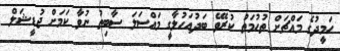
ހަމީދުގެ މައްޗަށް ތުހުމަތު ކުރެވޭ ބަދުއަހުލާގީ މައްސަލަ ސާބިތު ނުވާ ކަމަށް ޖުޑީޝަލް